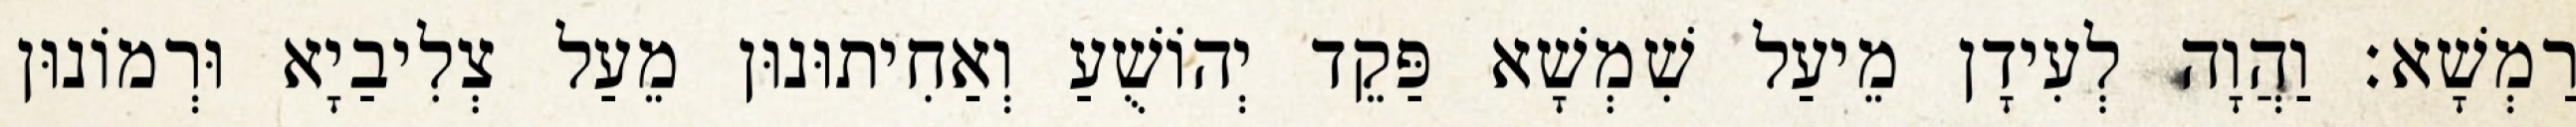
רַמְשָׁא׃ וַהֲוָה לְעִידָן מֵיעַל שִׁמְשָׁא פַּקֵד יְהוֹשֻׁעַ וְאַחִיתוּנוּן מֵעַל צְלִיבַיָא וּרְמוֹנוּן